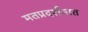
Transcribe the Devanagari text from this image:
मतप्रदर्शनात